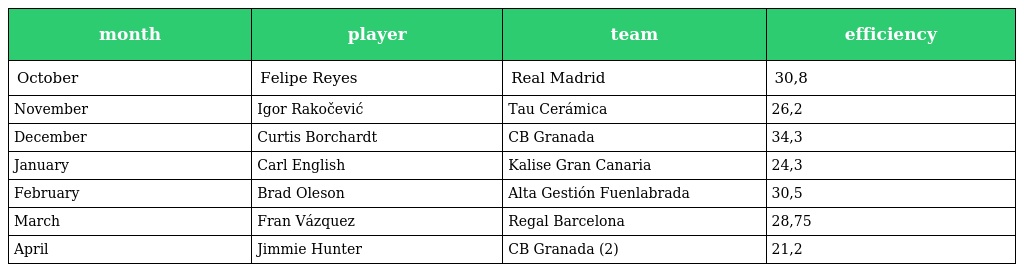
| month | player | team | efficiency |
 | --- | --- | --- | --- |
 | October | Felipe Reyes | Real Madrid | 30,8 |
 | November | Igor Rakočević | Tau Cerámica | 26,2 |
 | December | Curtis Borchardt | CB Granada | 34,3 |
 | January | Carl English | Kalise Gran Canaria | 24,3 |
 | February | Brad Oleson | Alta Gestión Fuenlabrada | 30,5 |
 | March | Fran Vázquez | Regal Barcelona | 28,75 |
 | April | Jimmie Hunter | CB Granada (2) | 21,2 |